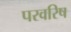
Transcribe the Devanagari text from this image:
परवरिष